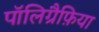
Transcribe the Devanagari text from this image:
पॉलिग्रैफ़िया